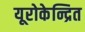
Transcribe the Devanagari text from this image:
यूरोकेन्द्रित